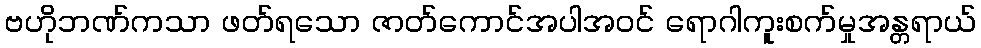
ဗဟိုဘဏ်ကသာ ဖတ်ရသော ဇာတ်ကောင်အပါအဝင် ရောဂါကူးစက်မှုအန္တရာယ်